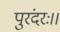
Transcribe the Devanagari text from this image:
पुरंदरः।।